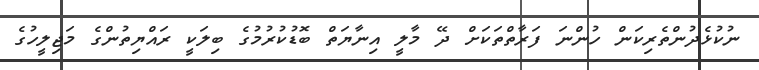
ނުކުޅެދުންތެރިކަން ހުންނަ ފަރާތްތަކަށް ދޭ މާލީ އިނާޔަތް ބޮޑުކުރުމުގެ ބިލަކީ ރައްޔިތުންގެ މަޖިލީހުގެ